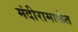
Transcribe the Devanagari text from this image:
मंदीरामार्फत